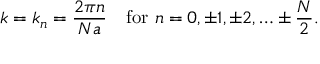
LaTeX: k = k _ { n } = { \frac { 2 \pi n } { N a } } \quad { \mathrm { f o r ~ } } n = 0 , \pm 1 , \pm 2 , \ldots \pm { \frac { N } { 2 } } .